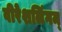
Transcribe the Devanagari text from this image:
वीरेशलिंगम्